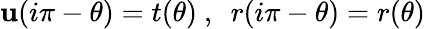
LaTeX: \mathbf{u}(i\pi-\theta)=t(\theta)~,~~r(i\pi-\theta)=r(\theta)